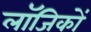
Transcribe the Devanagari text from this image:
लॉजिकों